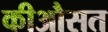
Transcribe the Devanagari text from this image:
कीऔसत